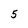
Character: 5